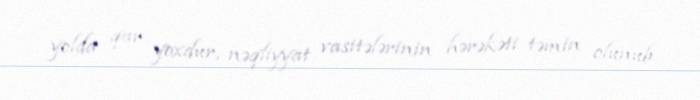
yolda qar yoxdur, nəqliyyat vasitələrinin hərəkəti təmin olunub.